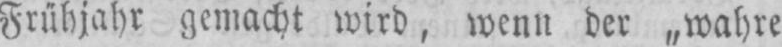
Frühjahr gemacht wird, wenn der „wahre